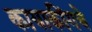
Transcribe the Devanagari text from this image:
कायाकींगचे